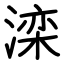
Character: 滦